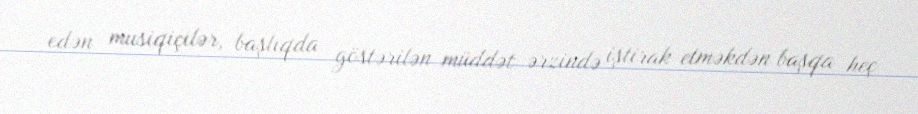
edən musiqiçilər, başlıqda göstərilən müddət ərzində iştirak etməkdən başqa heç